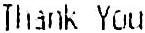
THANK YOU